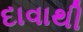
દાવાથી